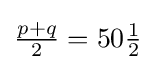
{\tfrac {p+q}{2}}=50{\tfrac {1}{2}}